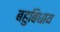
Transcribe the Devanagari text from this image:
बहुबिधाय